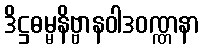
ဒိဋ္ဌဓမ္မနိဗ္ဗာနဝါဒဝဏ္ဏနာ